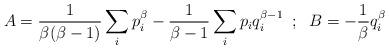
LaTeX: \begin{align*}A=\frac{1}{\beta(\beta-1)}\sum_{i}p_{i}^{\beta}-\frac{1}{\beta-1}\sum_{i}p_{i}q^{\beta-1}_{i}\;\;;\;\;B=-\frac{1}{\beta}q^{\beta}_{i}\end{align*}